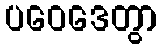
ပဝေဒေတွာ